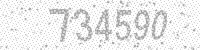
Solution: 734590